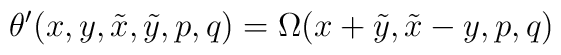
\theta ' (x, y, \tilde x, \tilde y, p, q) = \Omega (x + \tilde y, \tilde x - y, p, q)